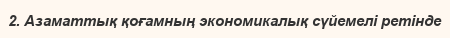
2. Азаматтық қоғамның экономикалық сүйемелі ретінде